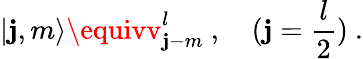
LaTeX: \vert\mathbf{j},m\rangle\equivv_{\mathbf{j}-m}^{l}~,~~~~(\mathbf{j}=\frac{{l}}{{2}})~.